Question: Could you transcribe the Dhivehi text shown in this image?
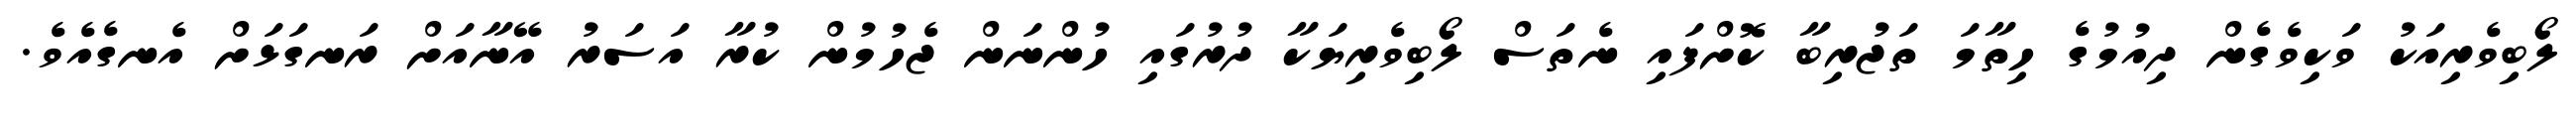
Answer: ލޯބިވެރިއަކު ވަކިވެގެން ދިއުމުގެ ހިތާމަ ތަޖުރިބާ ކޮށްފައި ނެތަސް ލޯބިވެރިޔަކާ ދުރުގައި ހުންނަން ޖެހުމުން ކުރާ އަސަރު އޭނާއަށް ރަނގަޅަށް އެނގެއެވެ.